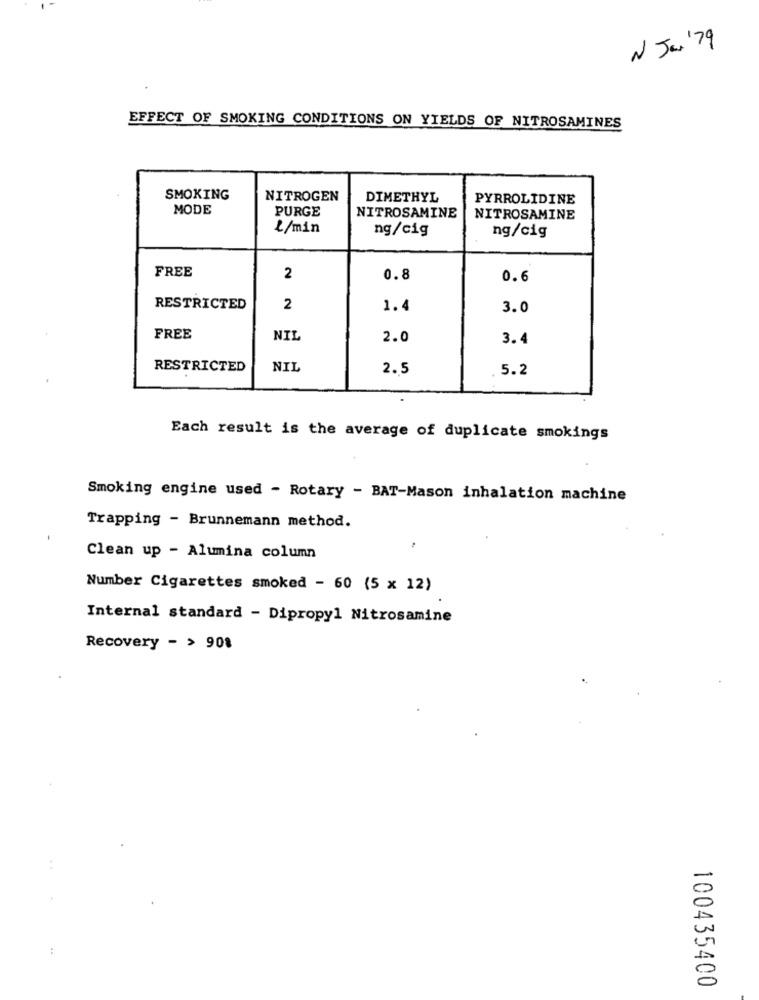
N Jen'79
EFFECT OF SMOKING CONDITIONS ON YIELDS OF NITROSAMINES
SMOKING
NITROGEN
DIMETHYL
PYRROLIDINE
MODE
PURGE
NITROSAMINE
NITROSAMINE
L/min
ng/cig
ng/cig
FREE
2
0.8
0.6
RESTRICTED
2
1.4
3.0
FREE
NIL
2.0
3.4
RESTRICTED
NIL
2.5
5.2
Each result is the average of duplicate smokings
Smoking engine used - Rotary - BAT-Mason inhalation machine
Trapping - Brunnemann method.
Clean up - Alumina column
Number Cigarettes smoked - 60 (5 x 12)
Internal standard - Dipropy1 Nitrosamine
Recovery - > 908
:
100435400